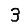
Digit: 3